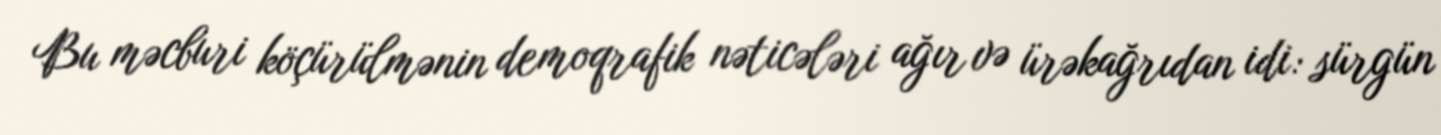
Bu məcburi köçürülmənin demoqrafik nəticələri ağır və ürəkağrıdan idi: sürgün